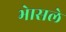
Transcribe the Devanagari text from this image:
भेासले